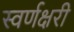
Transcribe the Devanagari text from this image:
स्वर्णक्षरी